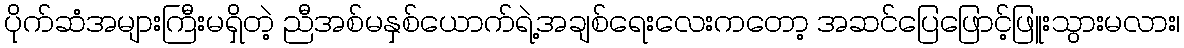
ပိုက်ဆံအများကြီးမရှိတဲ့ ညီအစ်မနှစ်ယောက်ရဲ့အချစ်ရေးလေးကတော့ အဆင်ပြေဖြောင့်ဖြူးသွားမလား၊